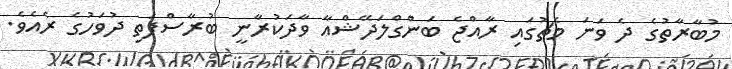
މުބާރާތުގެ ދެ ވަނަ މެޗުގައި ރާއްޖެ ބަންގްލަދޭޝްއާ ވާދަކުރާނީ ބުރާސްފަތި ދުވަހުގެ ރެއެވެ.